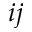
i j